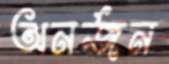
অনর্জন